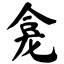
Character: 龛